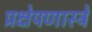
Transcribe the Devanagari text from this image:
प्रक्षेपणास्त्रे